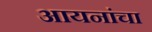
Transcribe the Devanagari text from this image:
आयनांचा